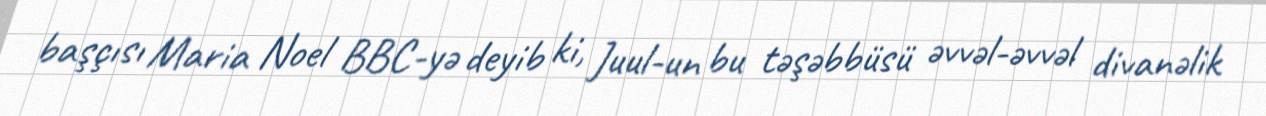
başçısı Maria Noel BBC-yə deyib ki, Juul-un bu təşəbbüsü əvvəl-əvvəl divanəlik